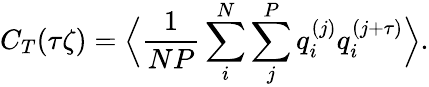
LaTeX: C_{T}(\tau\zeta)=\Big\langle\frac{1}{NP}\sum_{i}^{N}\sum_{j}^{P}q_{i}^{(j)}q_{i}^{(j+\tau)}\Big\rangle.